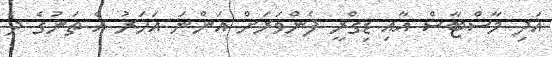
އަދި މާސްޓާސް އާއި ޑިގްރީ ފެންވަރަށް އަންނަ އަހަރު އެ ތަނުގެ ދެ